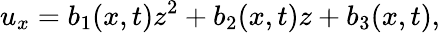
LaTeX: u_{x}=b_{1}(x,t)z^{2}+b_{2}(x,t)z+b_{3}(x,t),